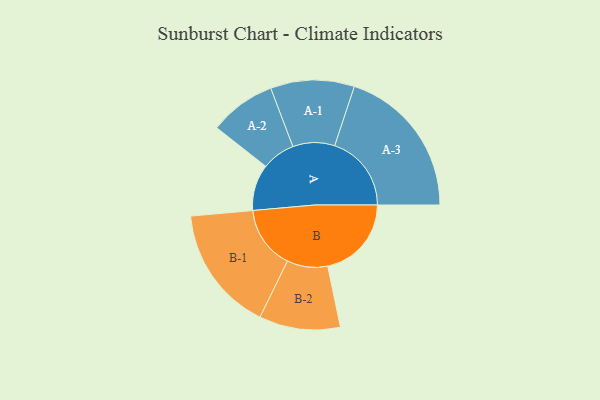
{"axis": {"x": "Segment", "y": "Value"}, "legend": ["", "A", "B"], "data": [{"x": "A", "y": 178, "type": ""}, {"x": "B", "y": 322, "type": ""}, {"x": "A-1", "y": 161, "type": "A"}, {"x": "A-2", "y": 128, "type": "A"}, {"x": "A-3", "y": 295, "type": "A"}, {"x": "B-1", "y": 242, "type": "B"}, {"x": "B-2", "y": 156, "type": "B"}]}